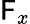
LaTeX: \mathsf{F}_{x}